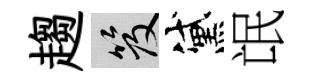
趨笈黛氓